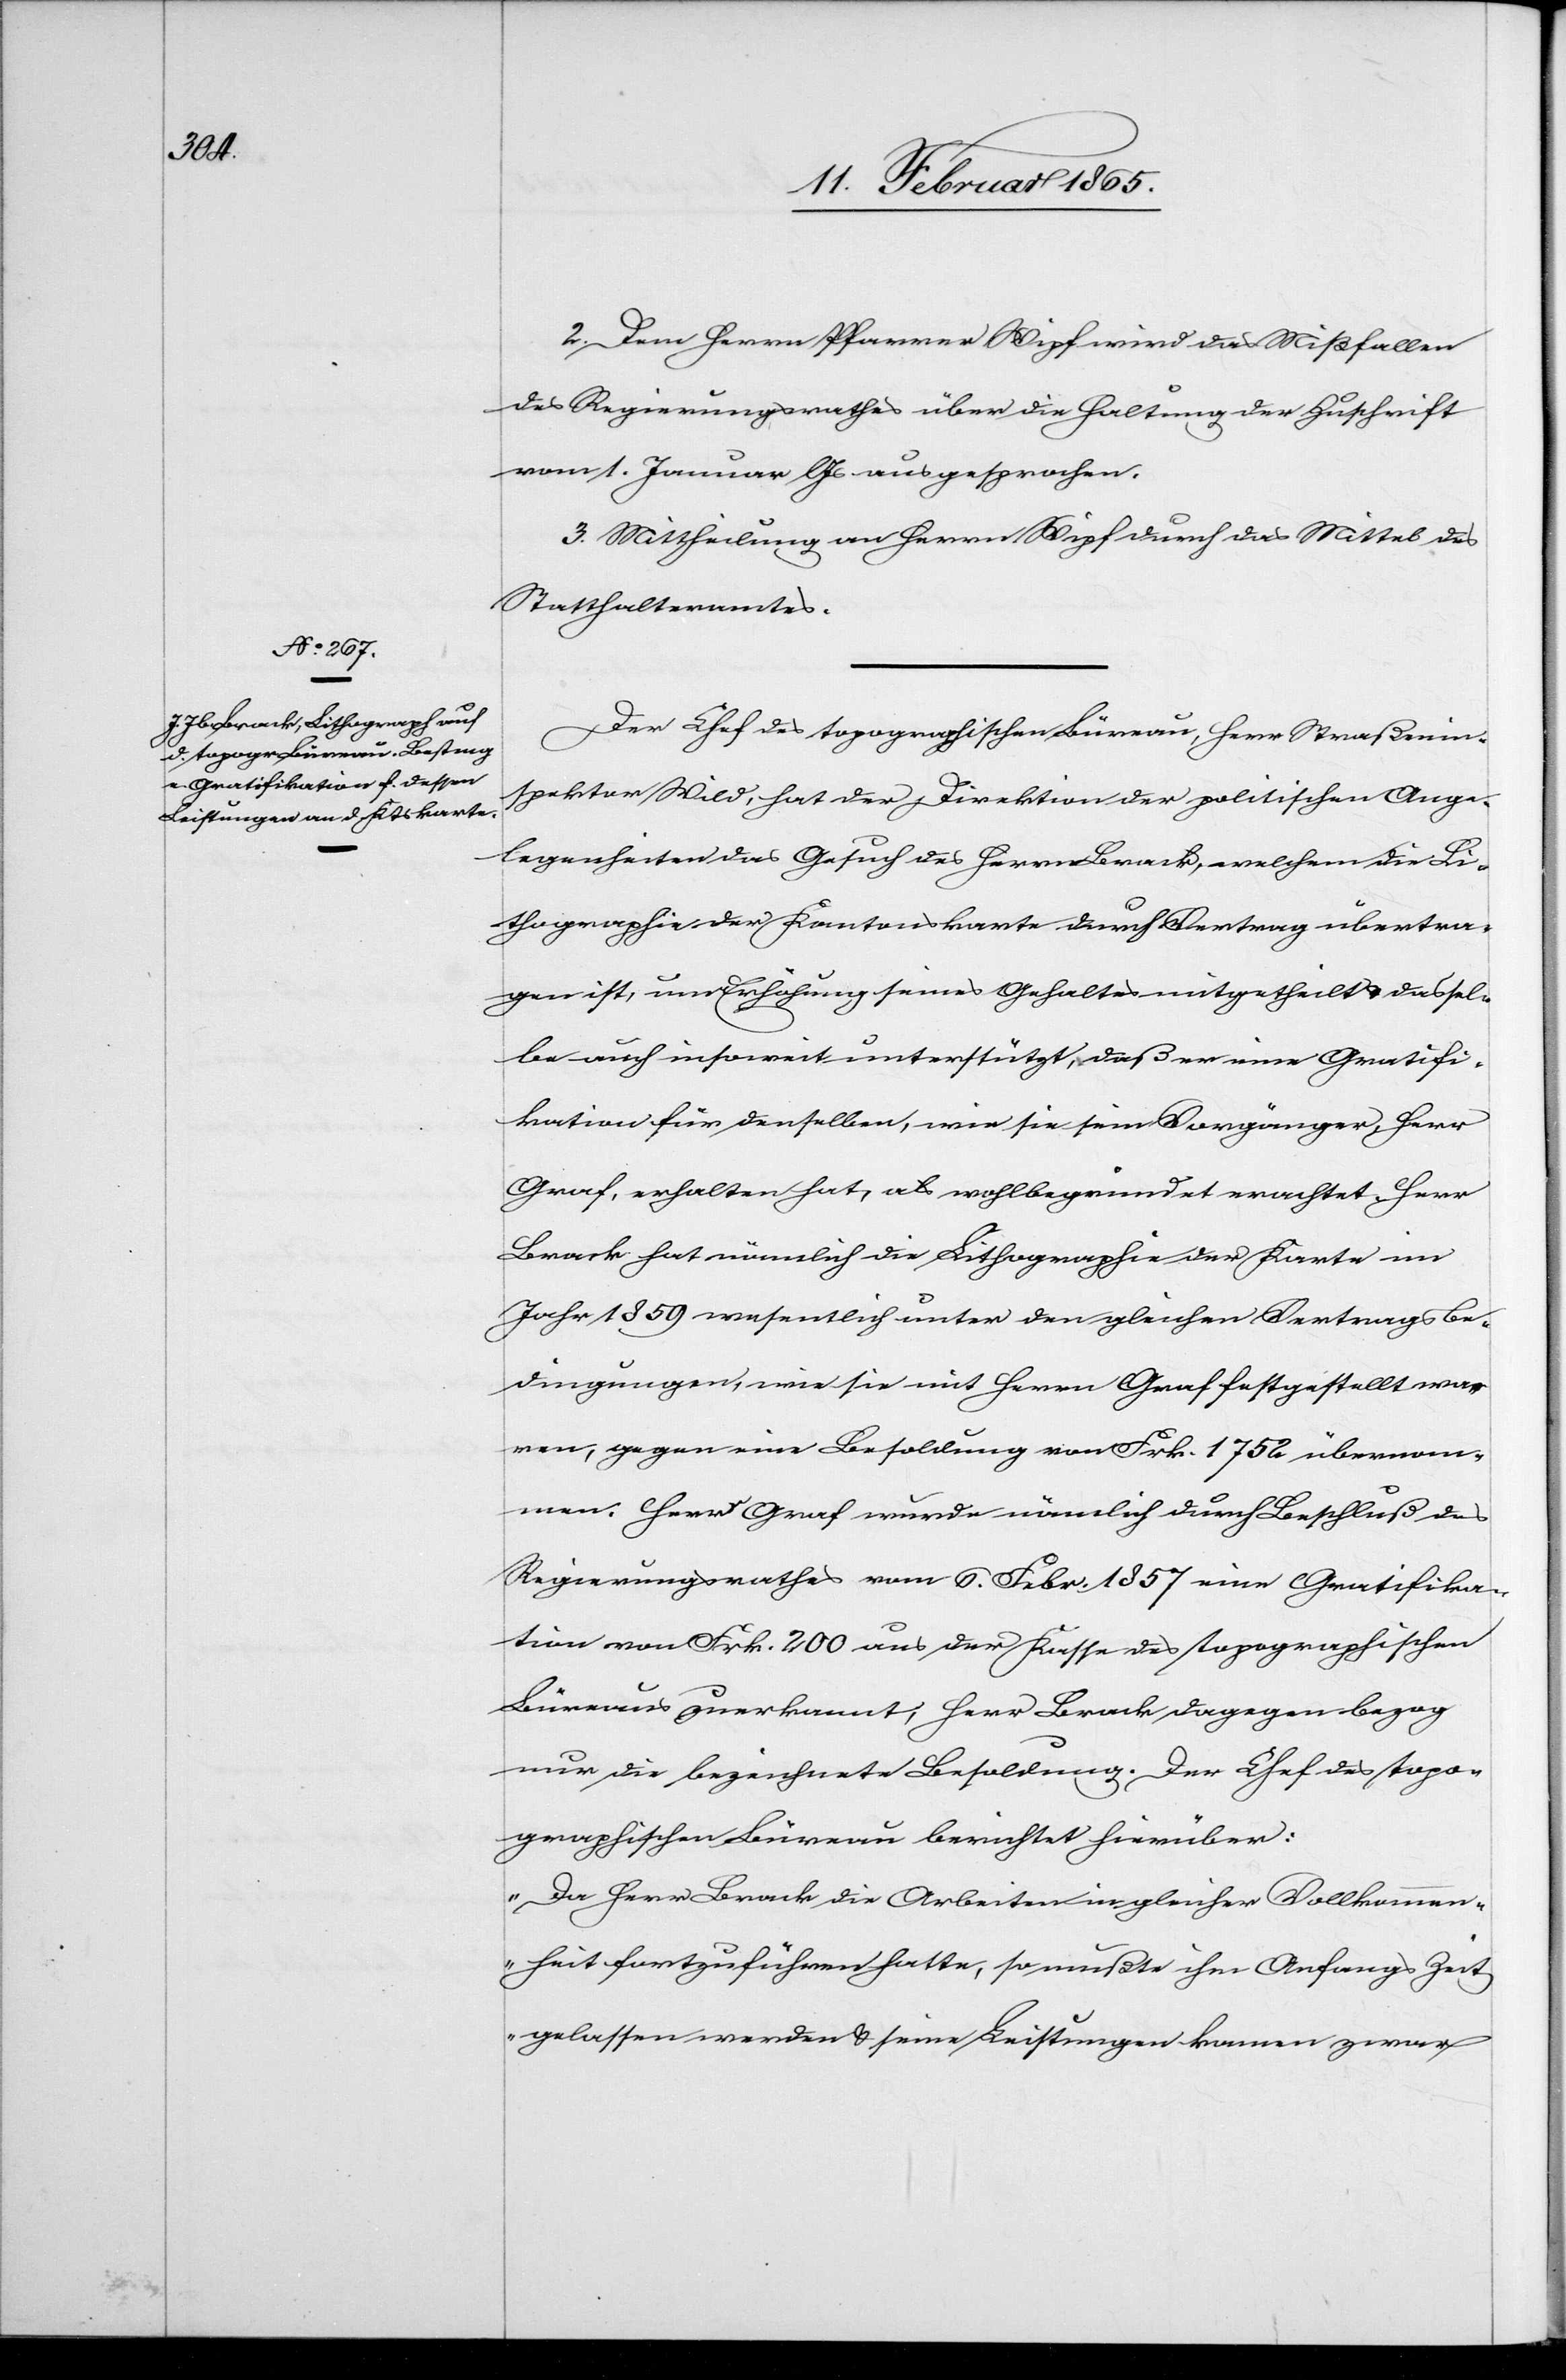
2. Dem Herrn Pfarrer Wipf wird das Mißfallen
des Regierungsrathes über die Haltung der Zuschrift
vom 1. Januar l. Js ausgesprochen.
3. Mittheilung an Herrn Wipf durch das Mittel des
Statthalteramtes.
Der Chef des topographischen Büreau, Herr Straßenin¬
spektor Wild, hat der Direktion der politischen Ange¬
legenheiten das Gesuch des Herrn Brack, welchem die Li¬
thographie der Kantonskarte durch Vertrag übertra¬
gen ist, um Erhöhung seines Gehaltes mitgetheilt u. dassel¬
be auch insoweit unterstützt, daß er eine Gratifi¬
kation für denselben, wie sie sein Vorgänger, Herr
Graf, erhalten hat, als wohlbegründet erachtet. Herr
Brack hat nämlich die Lithographie der Karte im
Jahr 1859 wesentlich unter den gleichen Vertragsbe¬
dingungen, wie sie mit Herrn Graf festgestellt wa¬
ren, gegen eine Besoldung von Frk. 1752 übernom¬
men. Herr Graf wurde nämlich durch Beschluß des
Regierungsrathes vom 6. Febr. 1857 eine Gratifika¬
tion von Frk. 200 aus der Kasse des topographischen
Büreaus zuerkannt; Herr Brack dagegen bezog
nur die bezeichnete Besoldung. Der Chef des topo¬
graphischen Büreau berichtet hierüber:
„Da Herr Brack die Arbeiten in gleicher Vollkommen¬
heit fortzuführen hatte, so mußte ihm Anfangs Zeit
gelassen werden u. seine Leistungen kamen zwar